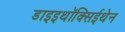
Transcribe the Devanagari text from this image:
डाइइथॉक्सिईथेन